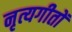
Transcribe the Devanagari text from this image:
नृत्यगीतों